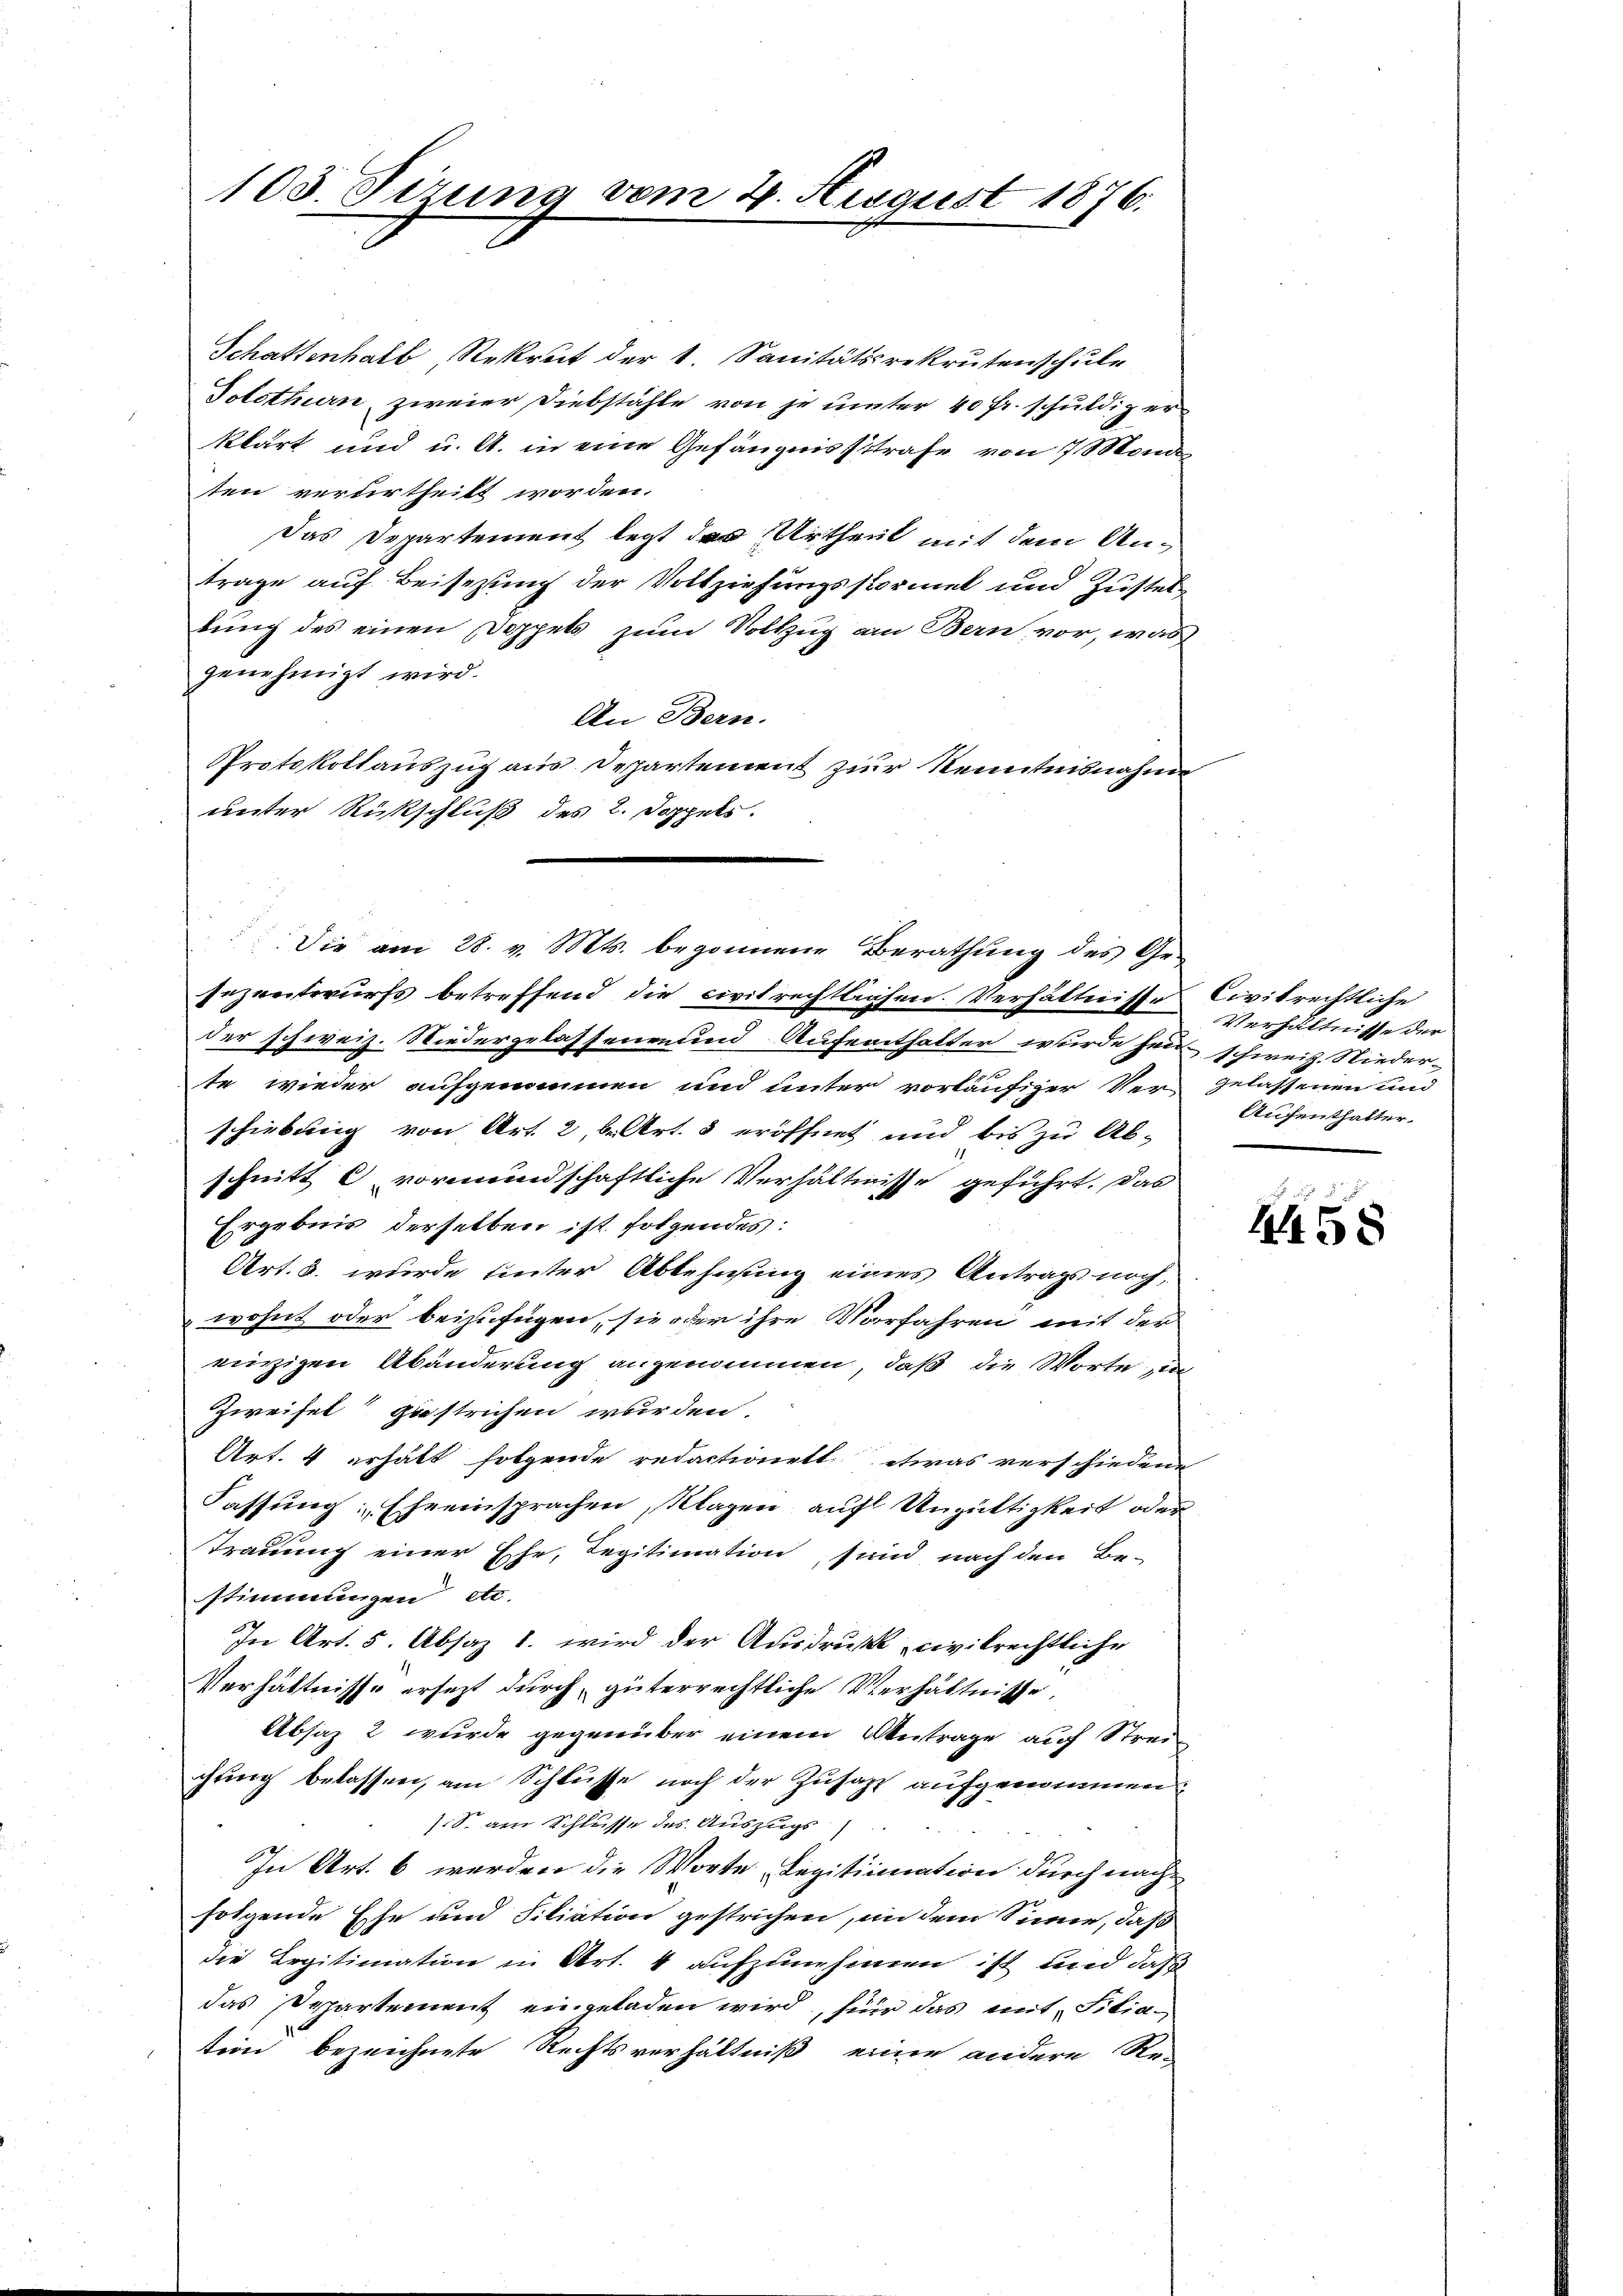
103. Sizung vom 4. August 1876.

Schattenhalb Rekret der 4. Sanitätsrekrutenschule
Solothurn, zweier Diebstähle von je unter 40 Fr. schuldig er
klärt und u. A. in eine Gefängnissstrafe von 7. Mond
ten verurtheilt worden.
Das Departement legt des Urtheil mit dem Antrage auf Beisezung der Vollziehungsstormel und Zusteltung des einen Doppels zum Vollzug an Bern, vor, was
genehmigt wird.
An Bern.
Protokollauszug aus Departement zur Kenntnisnahme
unter Rückschluß des 2. Doppels.
sezentwurfs betreffend die civitrechtlichen Verhältnisse Civitrechtliche
der schweiz. Niedergelassenen und Aufenthalter wurde hein schweiz. Niederte wieder aufgenommen und unter vorläufiger Vergelassenen und
schiebung von Art. 2, b. Art. 3 eröffnet und bis zu Ab-
schnitt C vormundschaftliche Verhältnisse geführt. Das
Ergebnis derselben ist folgendes:
Art. 3. wurde unter Ablehnung eines Antrags noch,
wohnt oder beizufügen, sie oder ihre Vorfahren mit der
einzigen Abänderung angenommen, daß die Worte in
Zweifel gestrichen wurden.
Art. 4 erhält folgende redactionett. etwas verschiedene
Fassung: Eheeinsprachen, Klagen auf Ungültigkeit oder
Trauung einer Ehe, Legitimation, sind nach den Be-
stimmungen etc.
In Art. 5. Absaz 1. wird der Ausdruck civilrechtliche
Verhältnisse ersetzt durch güterrechtliche Verhältnisse
Absaz 2 wurde gegenüber einem Antrage auf Streichung belassen, am Schlüsse noch der Zusatz aufgenommen.
/S. am Schlusse des Auszugs
In Art. 6 werden die Worte Legitimation durch nach
folgende Ehe und Filiation gestrichen, an dem Sinne, daß
die Legitimation in Art. 4 aufzunehmen ist und daß
das Departement eingeladen wird, für das mit Filiation bezeichnete Rechtsverhältniß einen andere Re-

Die am 28. v. Mts. begonnene Berathung des Ge-

Verhältnisse der
Aufenthalter.

458